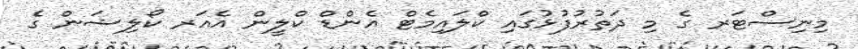
މިނިސްޓަރ ގެ މި ދަތުރުފުޅުގައި ކްލައިމެޓް އެންޑް ކްލީން އެއަރ ކޯލިޝަން ގެ